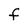
Character: F